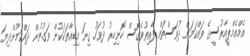
އެމްއެމްޕީއާރުސީގެ ވައްކަމަށް ދުވަސްތައް ފާއިތުވެގޮސް ހޮނިހިރު ދުވަހު ގިނަ މިޑިއާތަކަކުން ވަގުތުން ދައްކަމުންދިޔަ